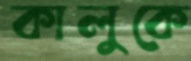
কালুকে